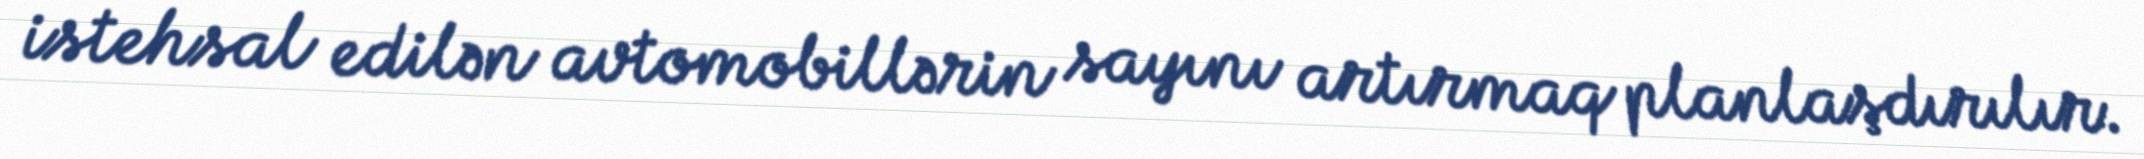
istehsal edilən avtomobillərin sayını artırmaq planlaşdırılır.